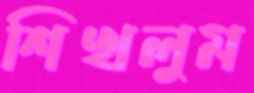
শিখলুম